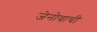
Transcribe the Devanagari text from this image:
जेनोवाची